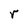
Character: r